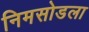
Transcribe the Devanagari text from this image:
निमसोडला